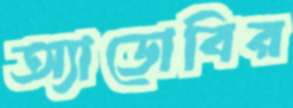
অ্যাডোবির